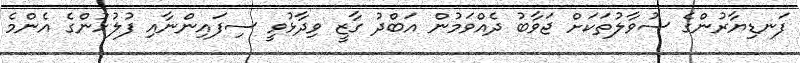
ފަނޑިޔާރުންގެ ސުވާލުތަކަށް ޖަވާބު ދެއްވަމުން އަބްދު ގާޒީ ވިދާޅުވީ ސިފައިންނާއި ފުލުހުންގެ އެންމެ